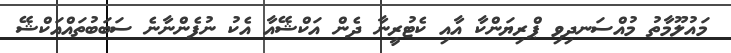
މައުލޫމާތު މުއްސަނދިވި ޕްރިޔަންކާ އާއި ކެޓުރީނާ ދެން އަކްޝޭއާ އެކު ނުފެންނާނެ ސަބަބުތައްއަކްޝޭ